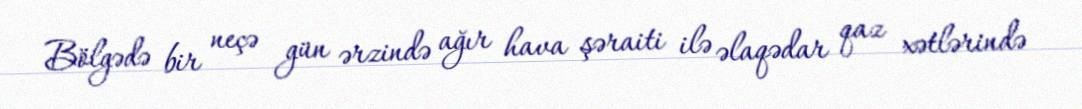
Bölgədə bir neçə gün ərzində ağır hava şəraiti ilə əlaqədar qaz xətlərində